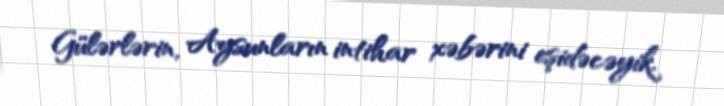
Gülərlərin, Aysunların intihar xəbərini eşidəcəyik.